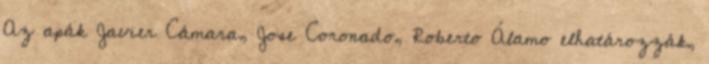
Az apák Javier Cámara, Jose Coronado, Roberto Álamo elhatározzák,